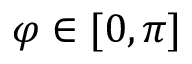
\varphi \in [ 0 , \pi ]